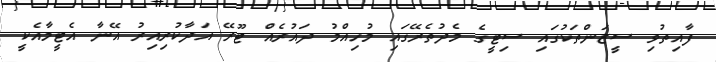
ފާއިތުވި ސީޒަންތަކުގައި ސިޓީގެ މެދުތެރޭގައި މުހިއްމު ދައުރެއް ޓޫރޭ އަދާކުރިއިރު އޭނާ އެޓީމާއެކީ